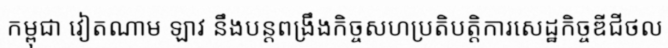
កម្ពុជា វៀតណាម ឡាវ នឹងបន្តពង្រឹងកិច្ចសហប្រតិបត្តិការសេដ្ឋកិច្ចឌីជីថល